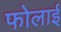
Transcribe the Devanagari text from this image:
फोलाई